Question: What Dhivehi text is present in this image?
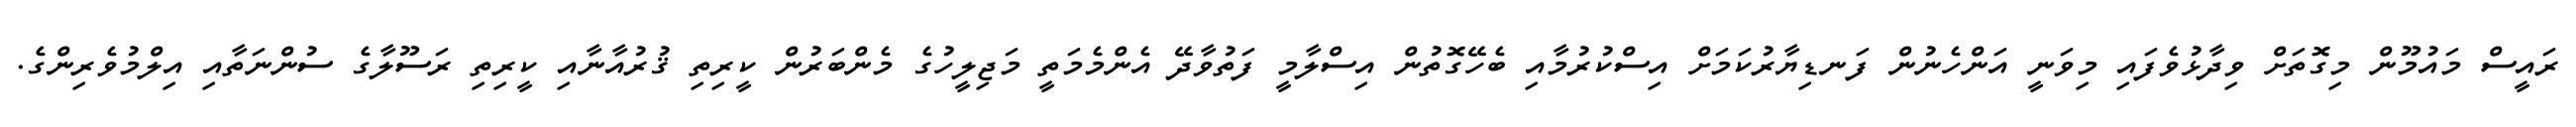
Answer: ރައީސް މައުމޫން މިގޮތަށް ވިދާޅުވެފައި މިވަނީ އަންހެނުން ފަނޑިޔާރުކަމަށް އިސްކުރުމާއި ބެހޭގޮތުން އިސްލާމީ ފަތުވާދޭ އެންމެމަތީ މަޖިލީހުގެ މެންބަރުން ކީރިތި ޤުރުއާނާއި ކީރިތި ރަސޫލާގެ ސުންނަތާއި އިލްމުވެރިންގެ.